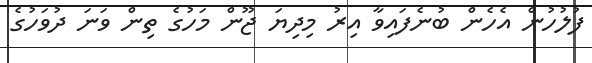
ފުލުހުން އެހެން ބުނެފައިވާ އިރު މިދިޔަ ޖޫން މަހުގެ ތިން ވަނަ ދުވަހުގެ